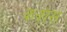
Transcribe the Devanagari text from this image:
कवास